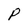
Character: P